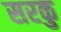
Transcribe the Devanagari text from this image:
सरकु